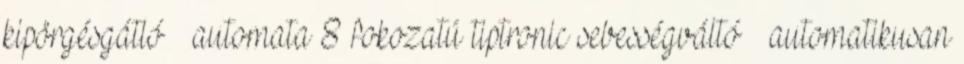
kipörgésgátló – automata 8 fokozatú tiptronic sebességváltó – automatikusan